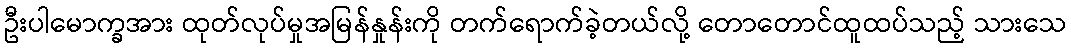
ဦးပါမောက္ခအား ထုတ်လုပ်မှုအမြန်နှုန်းကို တက်ရောက်ခဲ့တယ်လို့ တောတောင်ထူထပ်သည့် သားသေ